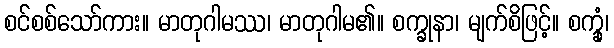
စင်စစ်သော်ကား။ မာတုဂါမဿ၊ မာတုဂါမ၏။ စက္ခုနာ၊ မျက်စိဖြင့်။ စက္ခုံ၊